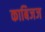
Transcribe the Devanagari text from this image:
काबिजज